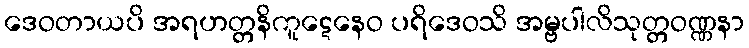
ဒေဝတာယပိ အရဟတ္တနိကူဋေနေဝ ပရိဒေဝသိ အမ္ဗပါလိသုတ္တဝဏ္ဏနာ